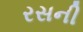
રસની